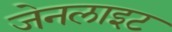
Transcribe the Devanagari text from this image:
जेनलाइट